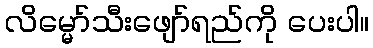
လိမ္မော်သီးဖျော်ရည်ကို ပေးပါ။